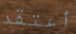
أعتقد